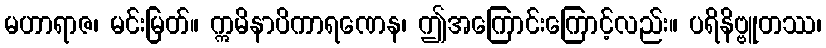
မဟာရာဇ၊ မင်းမြတ်။ ဣမိနာပိကာရဏေန၊ ဤအကြောင်းကြောင့်လည်း။ ပရိနိဗ္ဗူတဿ၊